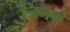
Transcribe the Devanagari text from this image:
जिगमे